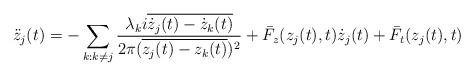
LaTeX: \begin{align*}\ddot{z}_j(t)=-\sum_{k:k\neq j}\frac{\lambda_k i\overline{\dot{z}_j(t)-\dot{z}_k(t)}}{2\pi(\overline{z_j(t)-z_k(t)})^2}+\bar{F}_z(z_j(t),t)\dot{z}_j(t)+\bar{F}_t(z_j(t),t)\end{align*}